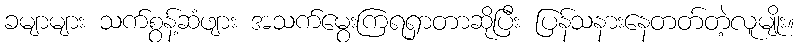
ခမျာများ သက်စွန့်ဆံဖျား အသက်မွေးကြရရှာတာဆိုပြီး ပြန်သနားနေတတ်တဲ့လူမျိုး။